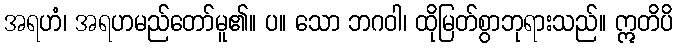
အရဟံ၊ အရဟမည်တော်မူ၏။ ပ။ သော ဘဂဝါ၊ ထိုမြတ်စွာဘုရားသည်။ ဣတိပိ